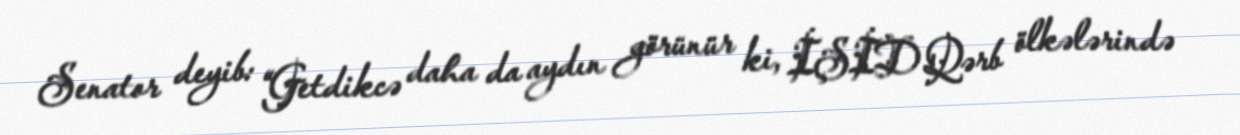
Senator deyib: “Getdikcə daha da aydın görünür ki, İŞİD Qərb ölkələrində